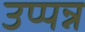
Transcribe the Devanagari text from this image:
उप्पन्न